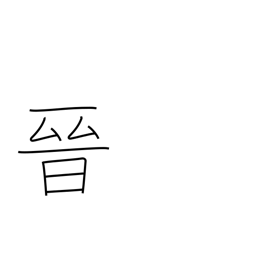
Meaning: advance